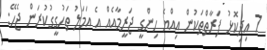
7 އިދިކޮޅު ފަރާތްތަކުން އިއްޔެ ހިންގީ ޖަރީމާއެއް އެ އަމަލު ތަހުގީގުކުރަން ޖެހޭ: